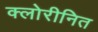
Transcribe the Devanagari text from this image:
क्लोरीनित